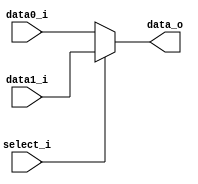
// 0317001_0310511
//Subject:     CO project 4 - MUX 221
//--------------------------------------------------------------------------------
//Version:     1
//--------------------------------------------------------------------------------
//Writer:      
//----------------------------------------------
//Date:        
//----------------------------------------------
//Description: 
//--------------------------------------------------------------------------------
     
module MUX_2to1(
    data0_i,
    data1_i,
    select_i,
    data_o
);

parameter size = 0;            
            
//I/O ports               
input   [size-1:0] data0_i;          
input   [size-1:0] data1_i;
input              select_i;
output  [size-1:0] data_o; 

//Internal Signals
reg     [size-1:0] data_o;

//Main function
always @(*) begin
    if (select_i==0) begin  
        data_o <= data0_i;
    end
    else begin
        data_o <= data1_i;
    end
end

endmodule